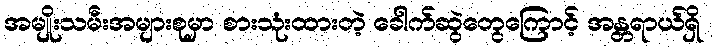
အမျိုးသမီးအများစုမှာ စားသုံးထားတဲ့ ခေါက်ဆွဲတွေကြောင့် အန္တရာယ်ရှိ